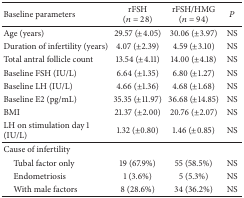
<table><thead><tr><td><b>Baseline parameters</b></td><td><b>rFSH (<i>n</i> = 28)</b></td><td><b>rFSH/HMG (<i>n</i> = 94)</b></td><td><b><i>P</i></b></td></tr></thead><tbody><tr><td>Age (years)</td><td>29.57 (±4.05)</td><td>30.06 (±3.97)</td><td>NS</td></tr><tr><td>Duration of infertility (years)</td><td>4.07 (±2.39)</td><td>4.59 (±3.10)</td><td>NS</td></tr><tr><td>Total antral follicle count</td><td>13.54 (±4.11)</td><td>14.00 (±4.18)</td><td>NS</td></tr><tr><td>Baseline FSH (IU/L)</td><td>6.64 (±1.35)</td><td>6.80 (±1.27)</td><td>NS</td></tr><tr><td>Baseline LH (IU/L)</td><td>4.66 (±1.36)</td><td>4.68 (±1.68)</td><td>NS</td></tr><tr><td>Baseline E2 (pg/mL)</td><td>35.35 (±11.97)</td><td>36.68 (±14.85)</td><td>NS</td></tr><tr><td>BMI</td><td>21.37 (±2.00)</td><td>20.76 (±2.07)</td><td>NS</td></tr><tr><td>LH on stimulation day 1 (IU/L)</td><td>1.32 (±0.80)</td><td>1.46 (±0.85)</td><td>NS</td></tr><tr><td>Cause of infertility</td><td> </td><td> </td><td> </td></tr><tr><td>Tubal factor only</td><td>19 (67.9%)</td><td>55 (58.5%)</td><td>NS</td></tr><tr><td>Endometriosis</td><td>1 (3.6%)</td><td>5 (5.3%)</td><td>NS</td></tr><tr><td>With male factors</td><td>8 (28.6%)</td><td>34 (36.2%)</td><td>NS</td></tr></tbody></table>